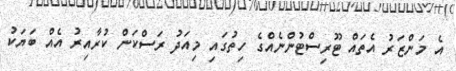
އެ މަންޒަރު އެތައް ޓޫރިސްޓުންނެއްގެ ހިތުގައި މިއަދު ރަސްކަން ކުރާއިރު އެއް ބަޔަކު